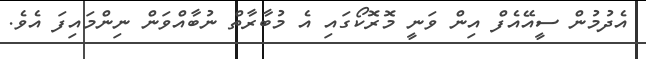
އެދުމުން ސީއޭއެފް އިން ވަނީ މޮރޮކޯގައި އެ މުބާރާތް ނުބާއްވަން ނިންމައިފަ އެވެ.